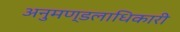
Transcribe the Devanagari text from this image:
अनुमण्डलाधिकारी